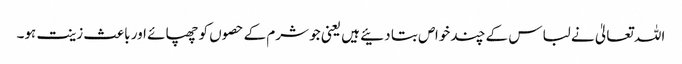
اللہ تعالیٰ نے لباس کے چند خواص بتا دئیے ہیں یعنی جو شرم کے حصوں کو چھپائے اور باعث زینت ہو۔